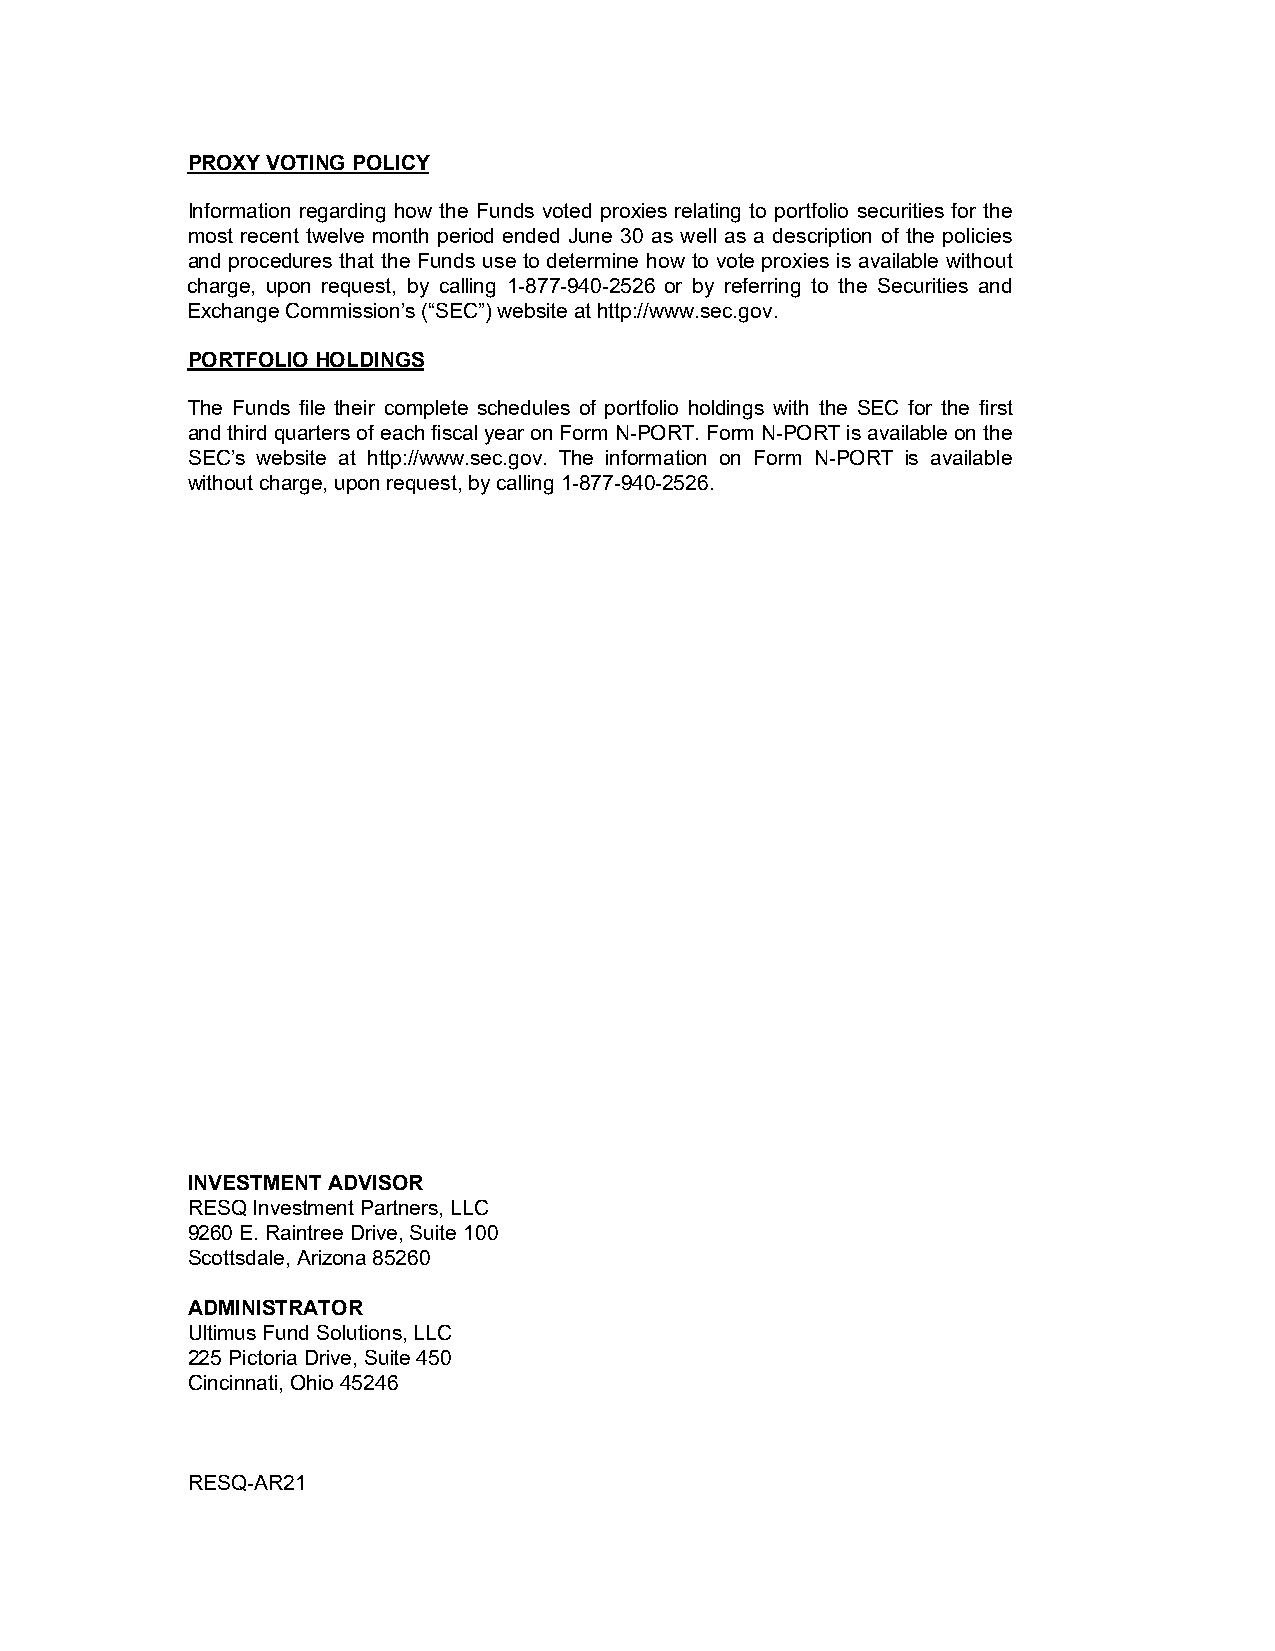
PROXY VOTING POLICY
 Information regarding how the Funds voted proxies relating to portfolio securities for the
 most recent twelve month period ended June 30 as well as a description of the policies
 and procedures that the Funds use to determine how to vote proxies is available without
 charge, upon request, by calling 1-877-940-2526 or by referring to the Securities and
 Exchange Commission’s (“SEC”) website at http://www.sec.gov.
 PORTFOLIO HOLDINGS
 The Funds file their complete schedules of portfolio holdings with the SEC for the first
 and third quarters of each fiscal year on Form N-PORT. Form N-PORT is available on the
 SEC’s website at http://www.sec.gov. The information on Form N-PORT is available
 without charge, upon request, by calling 1-877-940-2526.
 INVESTMENT ADVISOR
 RESQ Investment Partners, LLC
 9260 E. Raintree Drive, Suite 100
 Scottsdale, Arizona 85260
 ADMINISTRATOR
 Ultimus Fund Solutions, LLC
 225 Pictoria Drive, Suite 450
 Cincinnati, Ohio 45246
 RESQ-AR21